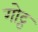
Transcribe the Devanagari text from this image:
गोट्ठं